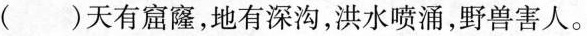
( )天有窟窿，地有深沟，洪水喷涌，野兽害人。